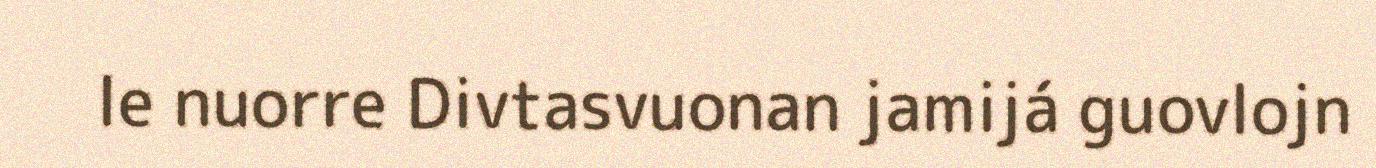
le nuorre Divtasvuonan jamijá guovlojn